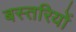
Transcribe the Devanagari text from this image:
बस्तरियों